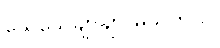
သေသေချာချာ မသဲကွဲပါ။